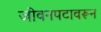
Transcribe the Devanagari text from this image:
जीवनपटावरून